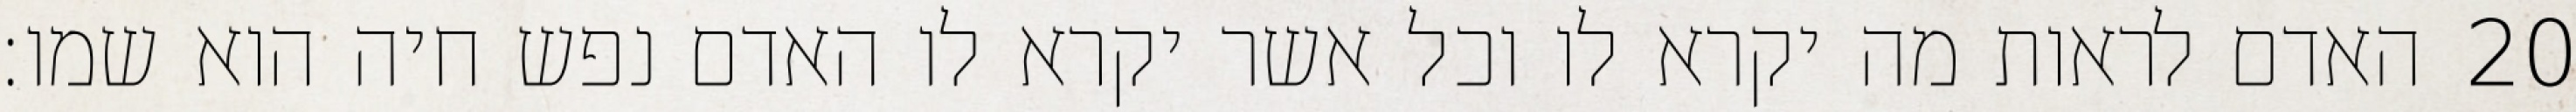
האדם לראות מה יקרא לו וכל אשר יקרא לו האדם נפש חיה הוא שמו׃ ‎20‏